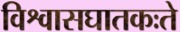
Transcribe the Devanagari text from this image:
विश्वासघातकःते